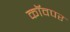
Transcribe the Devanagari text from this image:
कॉवपर